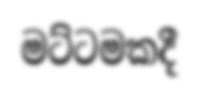
මට්ටමකදී